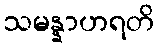
သမန္နာဟရတိ